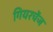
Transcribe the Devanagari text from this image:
गियरचेंज